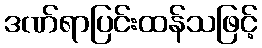
ဒဏ်ရာပြင်းထန်သဖြင့်